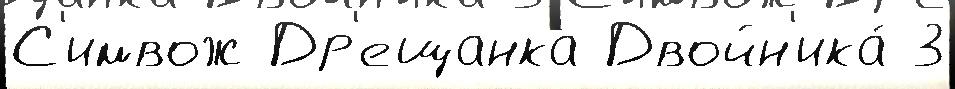
С'имвож Др'ещанка Двойн'ика́ 3